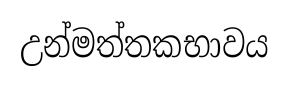
උන්මත්තකභාවය